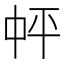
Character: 𪜉